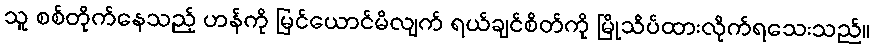
သူ စစ်တိုက်နေသည့် ဟန်ကို မြင်ယောင်မိလျက် ရယ်ချင်စိတ်ကို မြိုသိပ်ထားလိုက်ရသေးသည်။